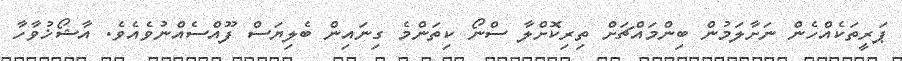
ޕަރީތަކެއްހެން ނަށާލަމުން ބިންމައްޗަށް ތިރިކޮށްލާ ސްނޯ ކިތަންމެ ގިނައިން ބެލިޔަސް ފޫއްސެއްނުވެއެވެ. އާޝޯޚުވާހާ